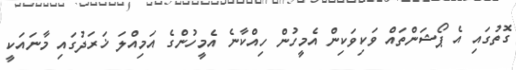
ގޮތުގައި އެ ޕޯޝަންތައް ވަކިވަކިން އެމީހުން ހިއްކާނެ އެމީހުންގެ އަމިއްލަ ޚަރަދުގައި މާނައަކީ